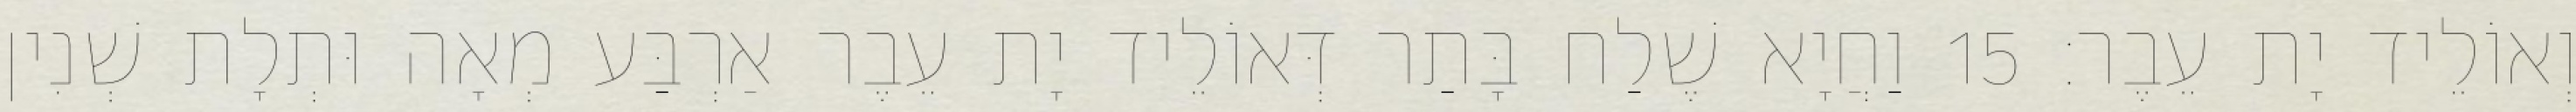
וְאוֹלֵיד יָת עֵבֶר׃ 15 וַחֲיָא שֶׁלַח בָּתַר דְּאוֹלֵיד יָת עֵבֶר אַרְבַּע מְאָה וּתְלָת שְׁנִין